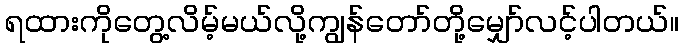
ရထားကိုတွေ့လိမ့်မယ်လို့ကျွန်တော်တို့မျှော်လင့်ပါတယ်။